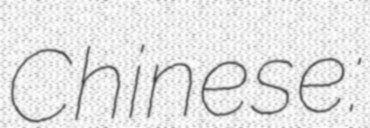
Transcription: Chinese: